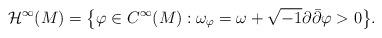
LaTeX: \begin{align*}{\mathcal{H}^{\infty}(M)} = \big\{ \varphi \in C^{\infty}(M): \omega_\varphi = \omega+ \sqrt{-1} \partial \bar \partial \varphi > 0\big\}.\end{align*}